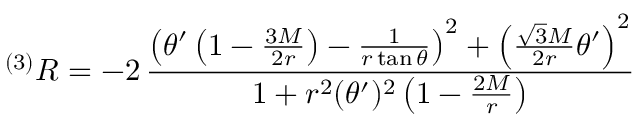
^ { ( 3 ) } R = - 2 \, \frac { \left( \theta ^ { \prime } \left( 1 - \frac { 3 M } { 2 r } \right) - \frac { 1 } { r \tan \theta } \right) ^ { 2 } + \left( \frac { \sqrt { 3 } M } { 2 r } \theta ^ { \prime } \right) ^ { 2 } } { 1 + r ^ { 2 } ( \theta ^ { \prime } ) ^ { 2 } \left( 1 - \frac { 2 M } { r } \right) }